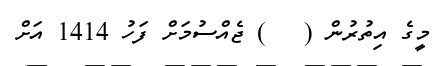
މީގެ އިތުރުން (   ) ޖެއްސުމަށް ފަހު 1414 އަށް